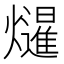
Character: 𭶤